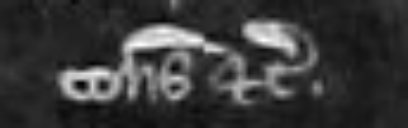
consideraverit etc.